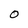
Character: 0